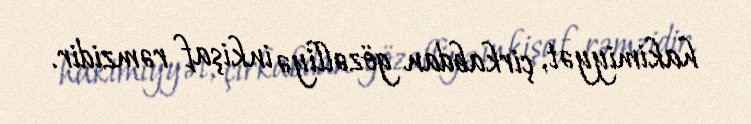
hakimiyyət, çirkabdan gözəlliyə inkişaf rəmzidir.